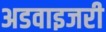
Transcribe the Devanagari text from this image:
अडवाइजरी